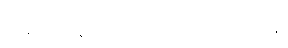
ဒုစရိုက်လွန်ကျူးပြစ်၊ သုစရိုက်လုံခြုံကျိုး